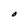
Character: O